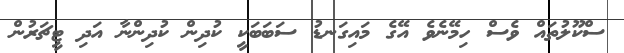
ސްކޫލުތައް ވެސް ހިމޭނެވެ އޭގެ މައިގަނޑު ސަބަބަކީ ކުދިން ކުދިންނާ އަދި ޓީޗަރުން